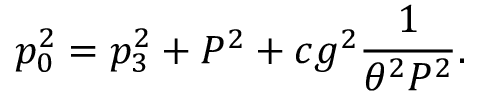
p _ { 0 } ^ { 2 } = p _ { 3 } ^ { 2 } + P ^ { 2 } + c g ^ { 2 } { \frac { 1 } { \theta ^ { 2 } P ^ { 2 } } } .